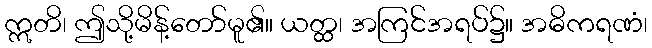
ဣတိ၊ ဤသို့မိန့်တော်မူ၏။ ယတ္ထ၊ အကြင်အရပ်၌။ အဓိကရဏံ၊